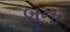
બૂના